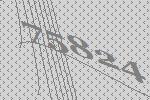
75824